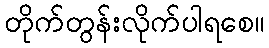
တိုက်တွန်းလိုက်ပါရစေ။